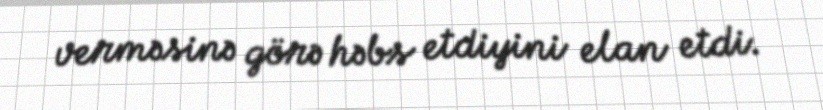
verməsinə görə həbs etdiyini elan etdi.